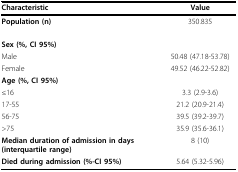
<table><thead><tr><td><b>Characteristic</b></td><td><b>Value</b></td></tr></thead><tbody><tr><td><b>Population (n)</b></td><td>350.835</td></tr><tr><td><b>Sex (%, CI 95%)</b></td><td></td></tr><tr><td>Male</td><td>50.48 (47.18-53.78)</td></tr><tr><td>Female</td><td>49.52 (46.22-52.82)</td></tr><tr><td><b>Age (%, CI 95%)</b></td><td></td></tr><tr><td>≤ 16</td><td>3.3 (2.9-3.6)</td></tr><tr><td>17-55</td><td>21.2 (20.9-21.4)</td></tr><tr><td>56-75</td><td>39.5 (39.2-39.7)</td></tr><tr><td>&gt; 75</td><td>35.9 (35.6-36.1)</td></tr><tr><td><b>Median duration of admission in days (interquartile range)</b></td><td>8 (10)</td></tr><tr><td><b>Died during admission (%-CI 95%)</b></td><td>5.64 (5.32-5.96)</td></tr></tbody></table>